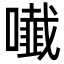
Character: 𭋲